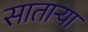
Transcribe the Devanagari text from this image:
सातार्‍या